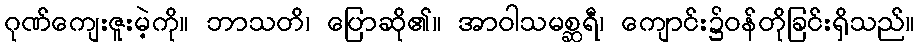
ဂုဏ်ကျေးဇူးမဲ့ကို။ ဘာသတိ၊ ပြောဆို၏။ အာဝါသမစ္ဆရီ၊ ကျောင်း၌ဝန်တိုခြင်းရှိသည်။